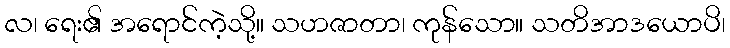
လ၊ ရေး၏ အရောင်ကဲ့သို့။ သဟဇာတာ၊ ကုန်သော။ သတိအာဒယောပိ၊